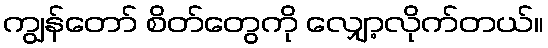
ကျွန်တော် စိတ်တွေကို လျှော့လိုက်တယ်။